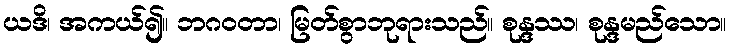
ယဒိ၊ အကယ်၍။ ဘဂဝတာ၊ မြတ်စွာဘုရားသည်။ စုန္ဒဿ၊ စုန္ဒမည်သော။